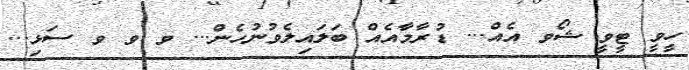
ހީވީ ޓީވީ ޝޯވ އެއް... ޑުރާމާއެއް ބަލައިލެވުނުހެން... ވ ވ ވ ސަޅި...